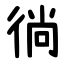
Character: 徜